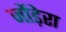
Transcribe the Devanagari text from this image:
जोंड़ेरा